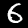
Label: 6